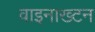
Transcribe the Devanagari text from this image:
वाइनाख्टन